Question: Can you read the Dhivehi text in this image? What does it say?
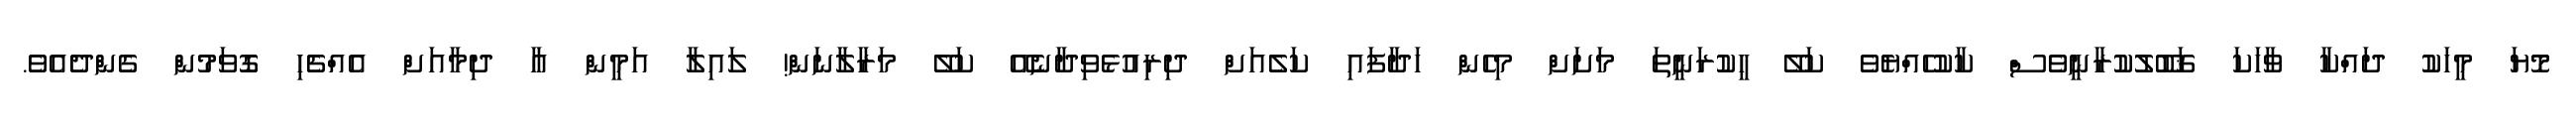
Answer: މޮޔަ މީހަކު ދައްކާ ވާހަކަ ޤަބޫލުކުރާނީވެސް ކާކުހެއްޔެވެ ކަލޭ ހީކުރަނީތަ މަށަށް މިހެން ހަދާފައި ކަލެއަށް ދިރިއުޅެވިދާނެއޭ ކަލޭ މަރާލާނަން! ލައިލާ އަމީން އާ ދިމާއަށް އެއްޗެހި ގޮވަމުން ގެންދެއެވެ.